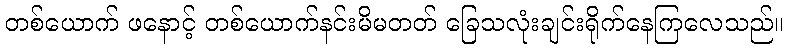
တစ်ယောက် ဖနောင့် တစ်ယောက်နင်းမိမတတ် ခြေသလုံးချင်းရိုက်နေကြလေသည်။